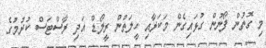
މި ގޮތުން ފޯނުން ގުޅައިގެން މަކަރާއި ހީލަތުން ރީލޯޑް އަދި ރާސްޓަސް ކުރުމުގެ